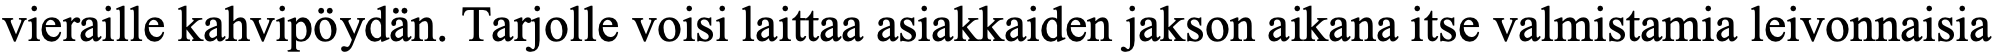
vieraille kahvipöydän. Tarjolle voisi laittaa asiakkaiden jakson aikana itse valmistamia leivonnaisia